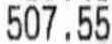
507.55